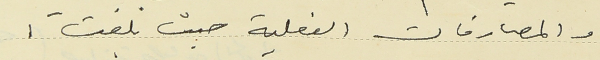
والمصارفات الفعلية حيث بلغت :